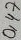
Text: 0,47